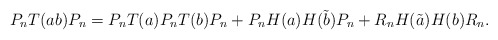
\begin{align*} P_n T(ab) P_n = P_n T(a) P_n T(b) P_n + P_n H(a)H(\tilde{b}) P_n + R_n H(\tilde{a})H(b) R_n.\end{align*}